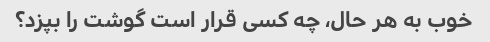
خوب به هر حال، چه کسی قرار است گوشت را بپزد؟